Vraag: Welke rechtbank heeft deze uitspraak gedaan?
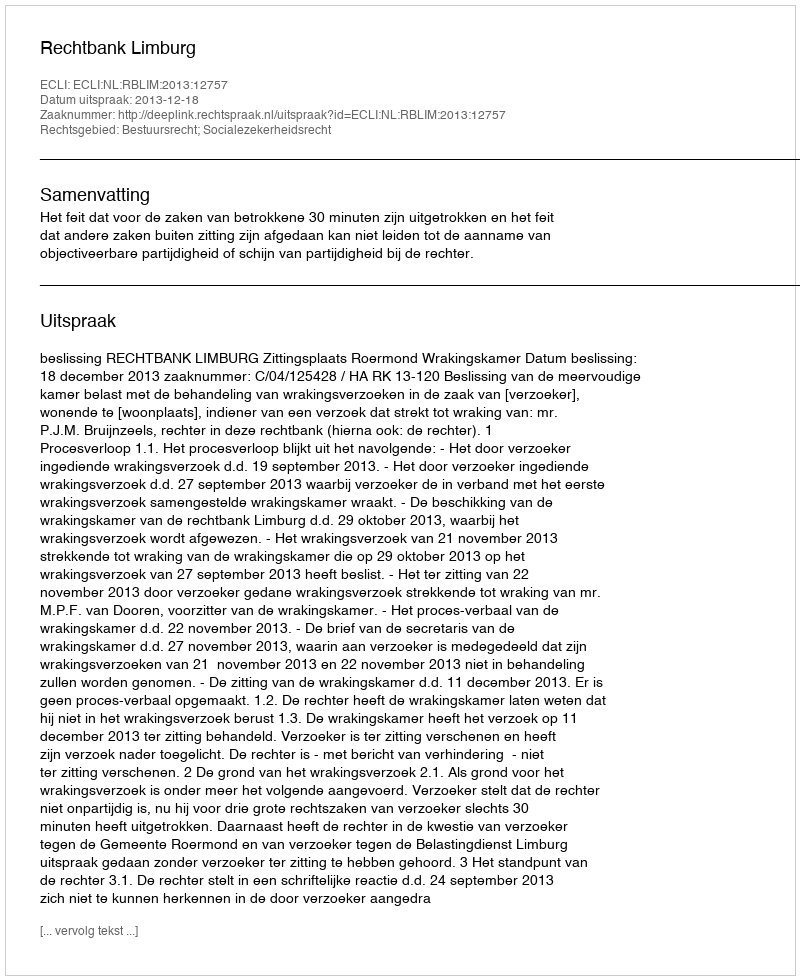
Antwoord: Rechtbank Limburg